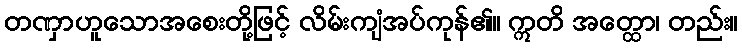
တဏှာဟူသောအစေးတို့ဖြင့် လိမ်းကျံအပ်ကုန်၏။ ဣတိ အတ္ထော၊ တည်း။